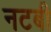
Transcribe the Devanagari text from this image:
नटबी